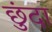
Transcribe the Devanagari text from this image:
छुंदा